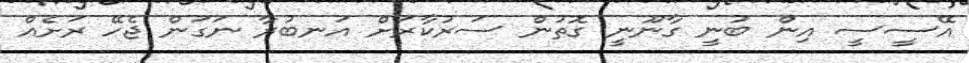
އޭސީސީ އިން ބުނީ ގާނޫނީ ގޮތުން ސަރުކާރަށް އަނބުރާ ނަގަން ޖެހޭ ރަށެއް